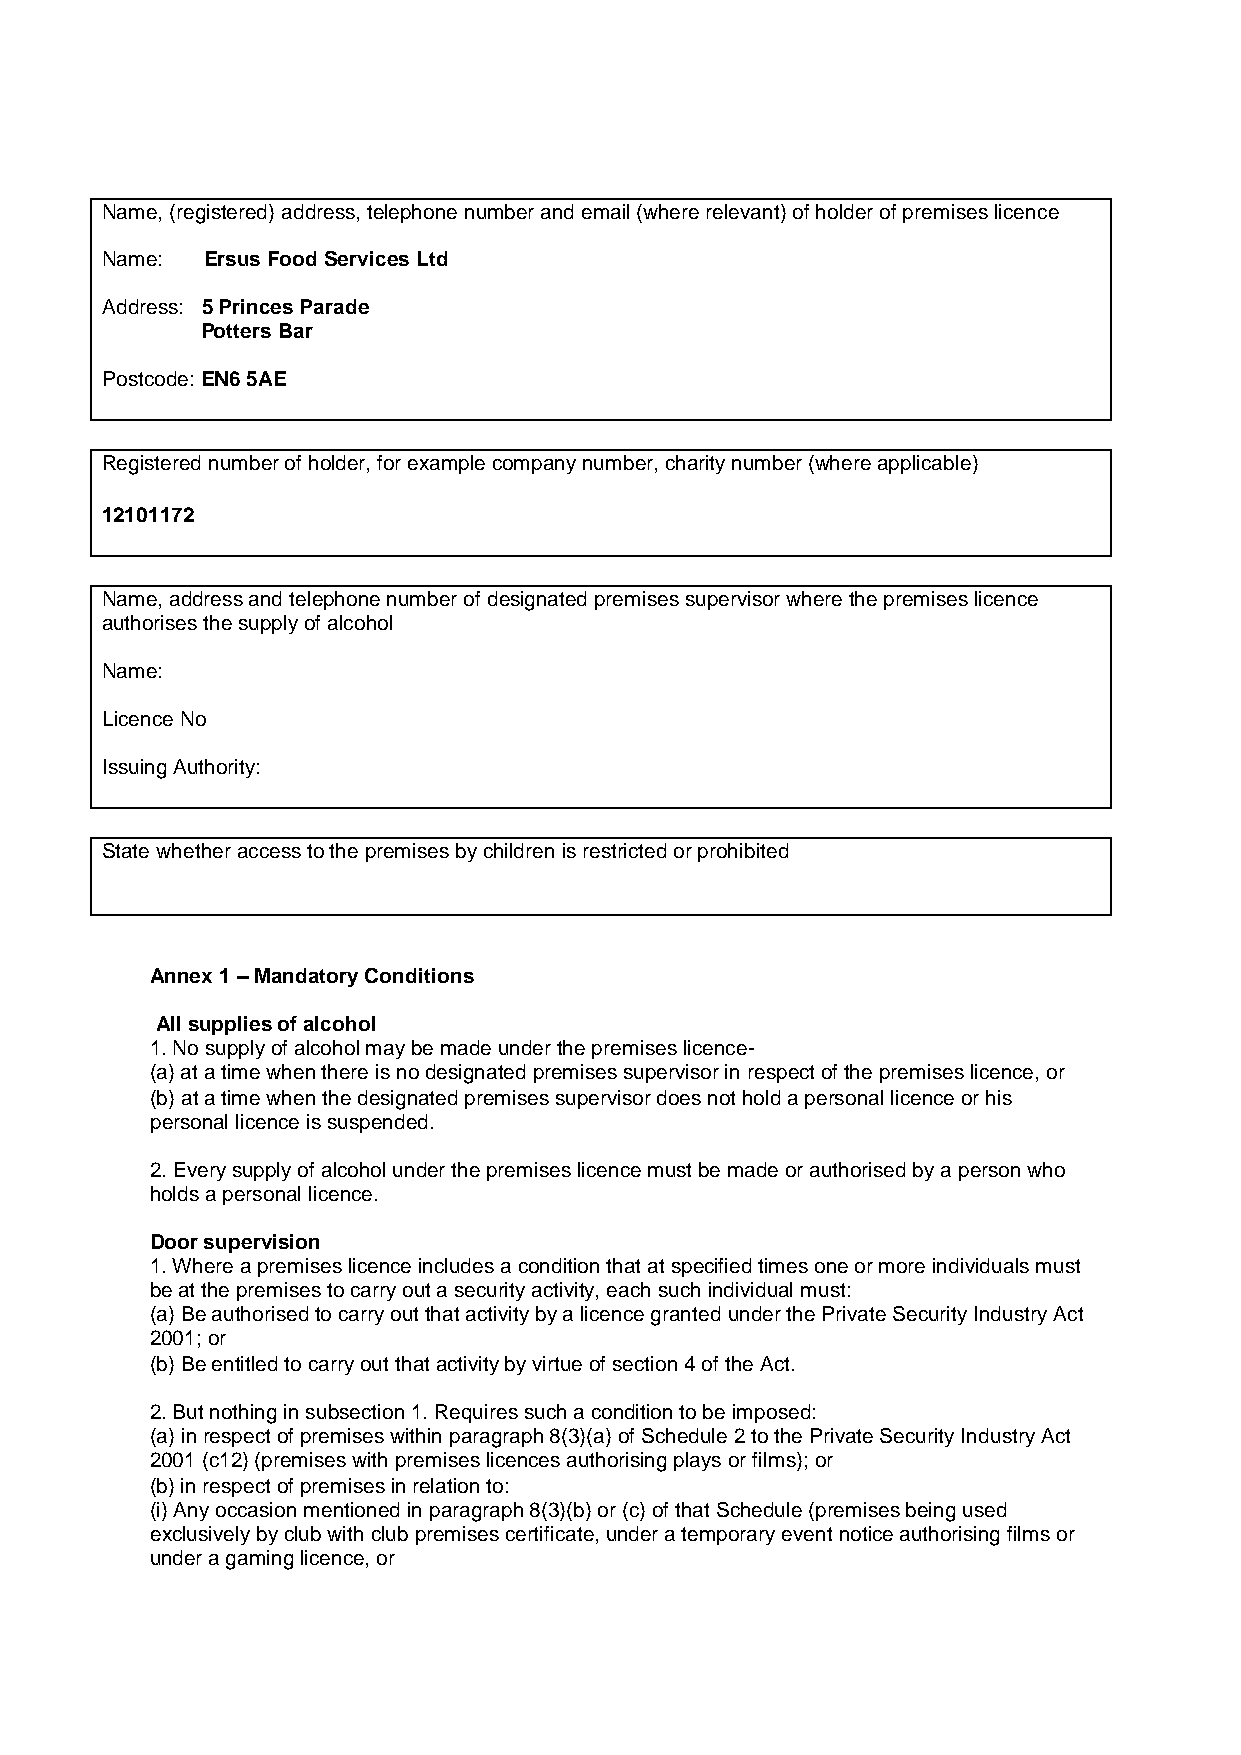
Name, (registered) address, telephone number and email (where relevant) of holder of premises licence
 Name:  Ersus Food Services Ltd
 Address: 5 Princes Parade
 Potters Bar
 Postcode: EN6 5AE
 Registered number of holder, for example company number, charity number (where applicable)
 12101172
 Name, address and telephone number of designated premises supervisor where the premises licence
 authorises the supply of alcohol
 Name:
 Licence No
 Issuing Authority:
 State whether access to the premises by children is restricted or prohibited
 Annex 1 – Mandatory Conditions
 All supplies of alcohol
 1. No supply of alcohol may be made under the premises licence-
 (a) at a time when there is no designated premises supervisor in respect of the premises licence, or
 (b) at a time when the designated premises supervisor does not hold a personal licence or his
 personal licence is suspended.
 2. Every supply of alcohol under the premises licence must be made or authorised by a person who
 holds a personal licence.
 Door supervision
 1. Where a premises licence includes a condition that at specified times one or more individuals must
 be at the premises to carry out a security activity, each such individual must:
 (a) Be authorised to carry out that activity by a licence granted under the Private Security Industry Act
 2001; or
 (b) Be entitled to carry out that activity by virtue of section 4 of the Act.
 2. But nothing in subsection 1. Requires such a condition to be imposed:
 (a) in respect of premises within paragraph 8(3)(a) of Schedule 2 to the Private Security Industry Act
 2001 (c12) (premises with premises licences authorising plays or films); or
 (b) in respect of premises in relation to:
 (i) Any occasion mentioned in paragraph 8(3)(b) or (c) of that Schedule (premises being used
 exclusively by club with club premises certificate, under a temporary event notice authorising films or
 under a gaming licence, or